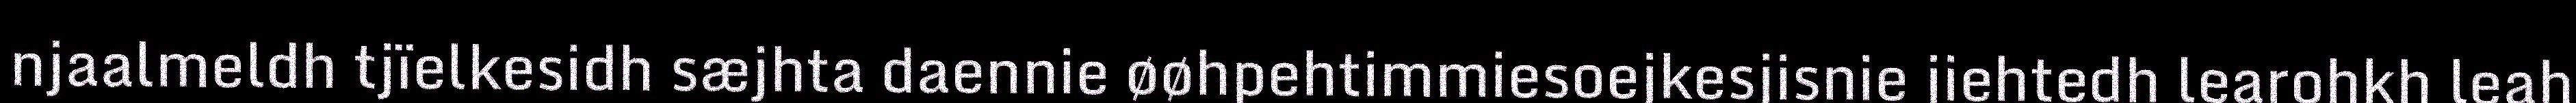
njaalmeldh tjïelkesidh sæjhta daennie øøhpehtimmiesoejkesjisnie jiehtedh learohkh leah